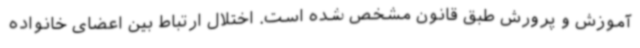
آموزش و پرورش طبق قانون مشخص شده است. اختلال ارتباط بین اعضای خانواده